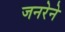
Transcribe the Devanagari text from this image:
जनरेने